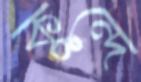
কুন্দে